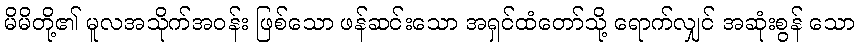
မိမိတို့၏ မူလအသိုက်အဝန်း ဖြစ်သော ဖန်ဆင်းသော အရှင်ထံတော်သို့ ရောက်လျှင် အဆုံးစွန် သော